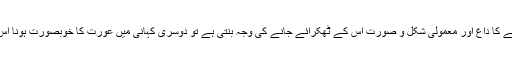
پہلی کہانی میں عورت کے ماتھے کا داغ اور معمولی شکل و صورت اس کے ٹھکرائے جانے کی وجہ بنتی ہے تو دوسری کہانی میں عورت کا خوبصورت ہونا اس کے لیے مسئلہ پیدا کر دیتا ہے۔